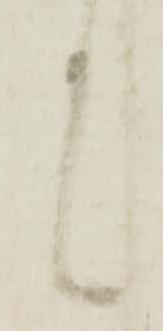
言